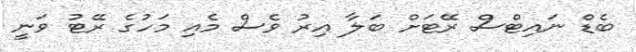
ބެޑް ނައިޓްސް ރޭޓަށް ބަލާ އިރު ވެސް މެއި މަހުގެ ރޭޓު ވަނީ